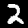
Digit: 2